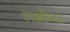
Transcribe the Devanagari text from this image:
लक्षीम्या